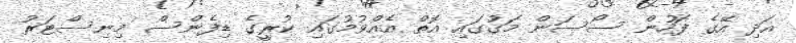
އަދި އޭގެ ފަހުން ސޯސަން މަގުގައި އޮތް އެއްވުމުގައި ކުރީގެ ޑިފެންސް މިނިސްޓަރު